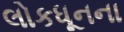
લોકધૂનના